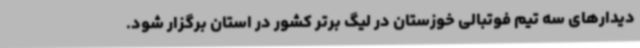
دیدارهای سه تیم فوتبالی خوزستان در لیگ برتر کشور در استان برگزار شود.